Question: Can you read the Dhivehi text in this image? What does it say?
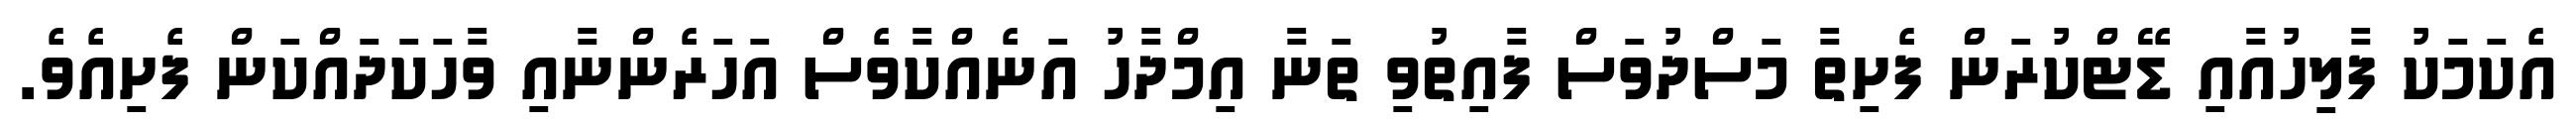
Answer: އެކަމަކު ފާލިހުއާއި ޑޭޓްކުރަން ފެށިތާ މަސްދުވަސް ފާއިތުވި ތަނާ އިމްދާހު އަނެއްކާވެސް އަހަރެންނާއި ވާހަކަދައްކަން ފެށިއެވެ.